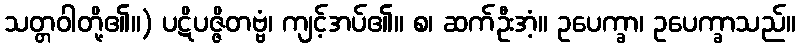
သတ္တဝါတို့၏။) ပဋိပဇ္ဇိတဗ္ဗံ၊ ကျင့်အပ်၏။ စ၊ ဆက်ဦးအံ့။ ဥပေက္ခာ၊ ဥပေက္ခာသည်။